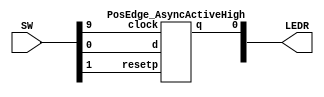
`timescale 1ns / 1ps
`default_nettype none

module top(SW, LEDR); 
	input[9:0]SW;
	output[9:0]LEDR;

	PosEdge_AsyncActiveHigh u0(SW[0], SW[9], SW[1], LEDR[0]);

endmodule

module PosEdge_AsyncActiveHigh(d, clock, resetp, q);
    input d, clock, resetp;
    output reg q;
	 
    always@(posedge clock, posedge resetp) 
        begin
            if (resetp == 1'b1)
                q <= 0; 
            else
                q <= d;
        end
endmodule